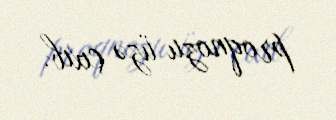
proqnozu üzə çıxıb.